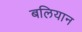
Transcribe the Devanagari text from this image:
बलियान